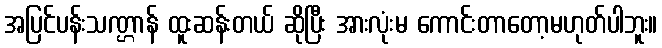
အပြင်ပန်းသဏ္ဌာန် ထူးဆန်းတယ် ဆိုပြီး အားလုံးမ ကောင်းတာတော့မဟုတ်ပါဘူး။